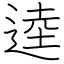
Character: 逵